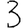
Digit: 3